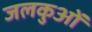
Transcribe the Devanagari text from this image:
जलकुओं